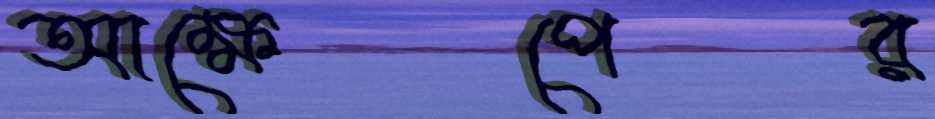
আক্ষেপের